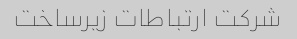
شرکت ارتباطات زیرساخت